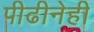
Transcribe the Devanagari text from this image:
पीढीनेही